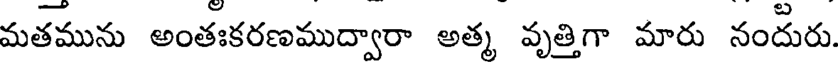
మతమును అంతఃకరణముద్వారా అత్మ వృత్తిగా మారు నందురు.